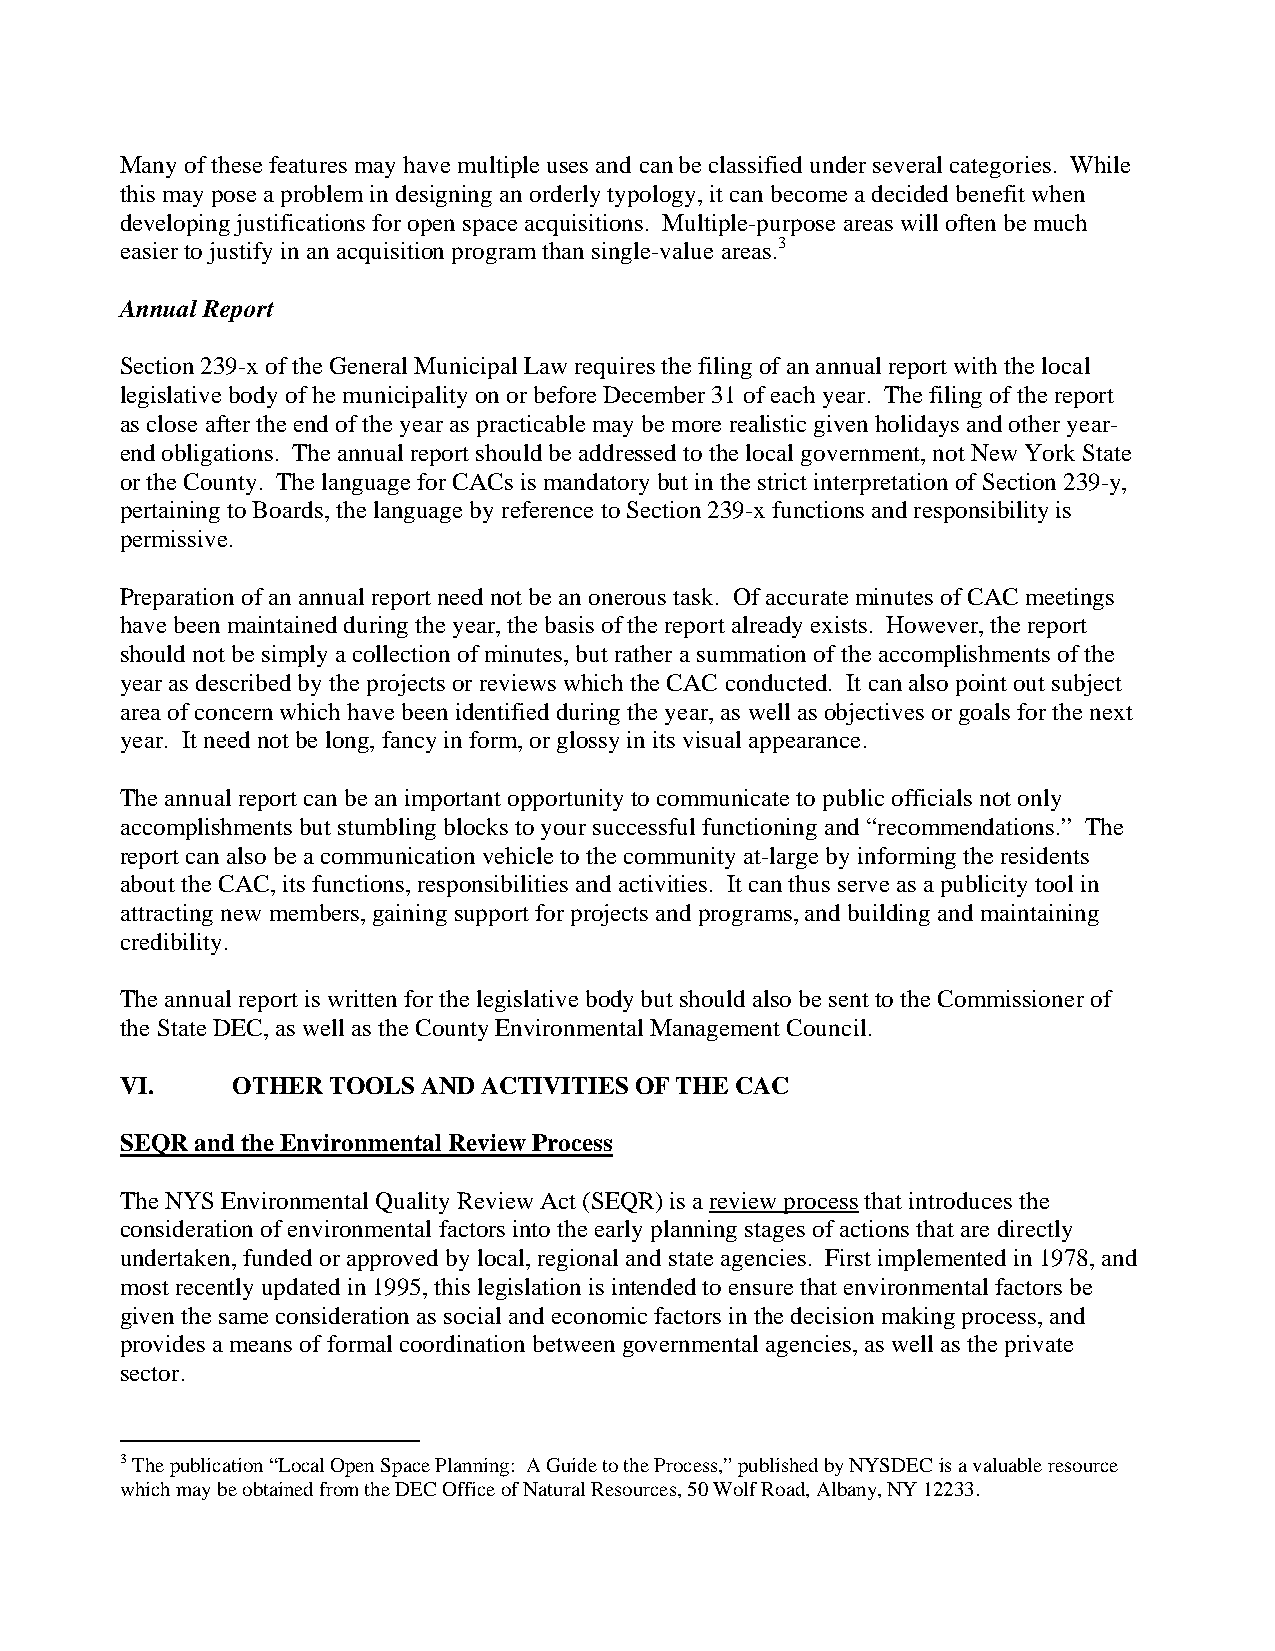
Many of these features may have multiple uses and can be classified under several categories. While
 this may pose a problem in designing an orderly typology, it can become a decided benefit when
 developing justifications for open space acquisitions. Multiple-purpose areas will often be much
 easier to justify in an acquisition program than single-value areas.3
 Annual Report
 Section 239-x of the General Municipal Law requires the filing of an annual report with the local
 legislative body of he municipality on or before December 31 of each year. The filing of the report
 as close after the end of the year as practicable may be more realistic given holidays and other year-
 end obligations. The annual report should be addressed to the local government, not New York State
 or the County. The language for CACs is mandatory but in the strict interpretation of Section 239-y,
 pertaining to Boards, the language by reference to Section 239-x functions and responsibility is
 permissive.
 Preparation of an annual report need not be an onerous task. Of accurate minutes of CAC meetings
 have been maintained during the year, the basis of the report already exists. However, the report
 should not be simply a collection of minutes, but rather a summation of the accomplishments of the
 year as described by the projects or reviews which the CAC conducted. It can also point out subject
 area of concern which have been identified during the year, as well as objectives or goals for the next
 year. It need not be long, fancy in form, or glossy in its visual appearance.
 The annual report can be an important opportunity to communicate to public officials not only
 accomplishments but stumbling blocks to your successful functioning and “recommendations.” The
 report can also be a communication vehicle to the community at-large by informing the residents
 about the CAC, its functions, responsibilities and activities. It can thus serve as a publicity tool in
 attracting new members, gaining support for projects and programs, and building and maintaining
 credibility.
 The annual report is written for the legislative body but should also be sent to the Commissioner of
 the State DEC, as well as the County Environmental Management Council.
 VI.    OTHER  TOOLS AND ACTIVITIES OF THE CAC
 SEQR and the Environmental Review Process
 The NYS Environmental Quality Review Act (SEQR) is a review process that introduces the
 consideration of environmental factors into the early planning stages of actions that are directly
 undertaken, funded or approved by local, regional and state agencies. First implemented in 1978, and
 most recently updated in 1995, this legislation is intended to ensure that environmental factors be
 given the same consideration as social and economic factors in the decision making process, and
 provides a means of formal coordination between governmental agencies, as well as the private
 sector.
 3 The publication “Local Open Space Planning: A Guide to the Process,” published by NYSDEC is a valuable resource
 which may be obtained from the DEC Office of Natural Resources, 50 Wolf Road, Albany, NY 12233.